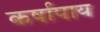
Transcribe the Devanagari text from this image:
कर्षापाय